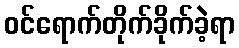
ဝင်ရောက်တိုက်ခိုက်ခဲ့ရာ